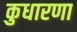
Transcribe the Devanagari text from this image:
कुधारणा